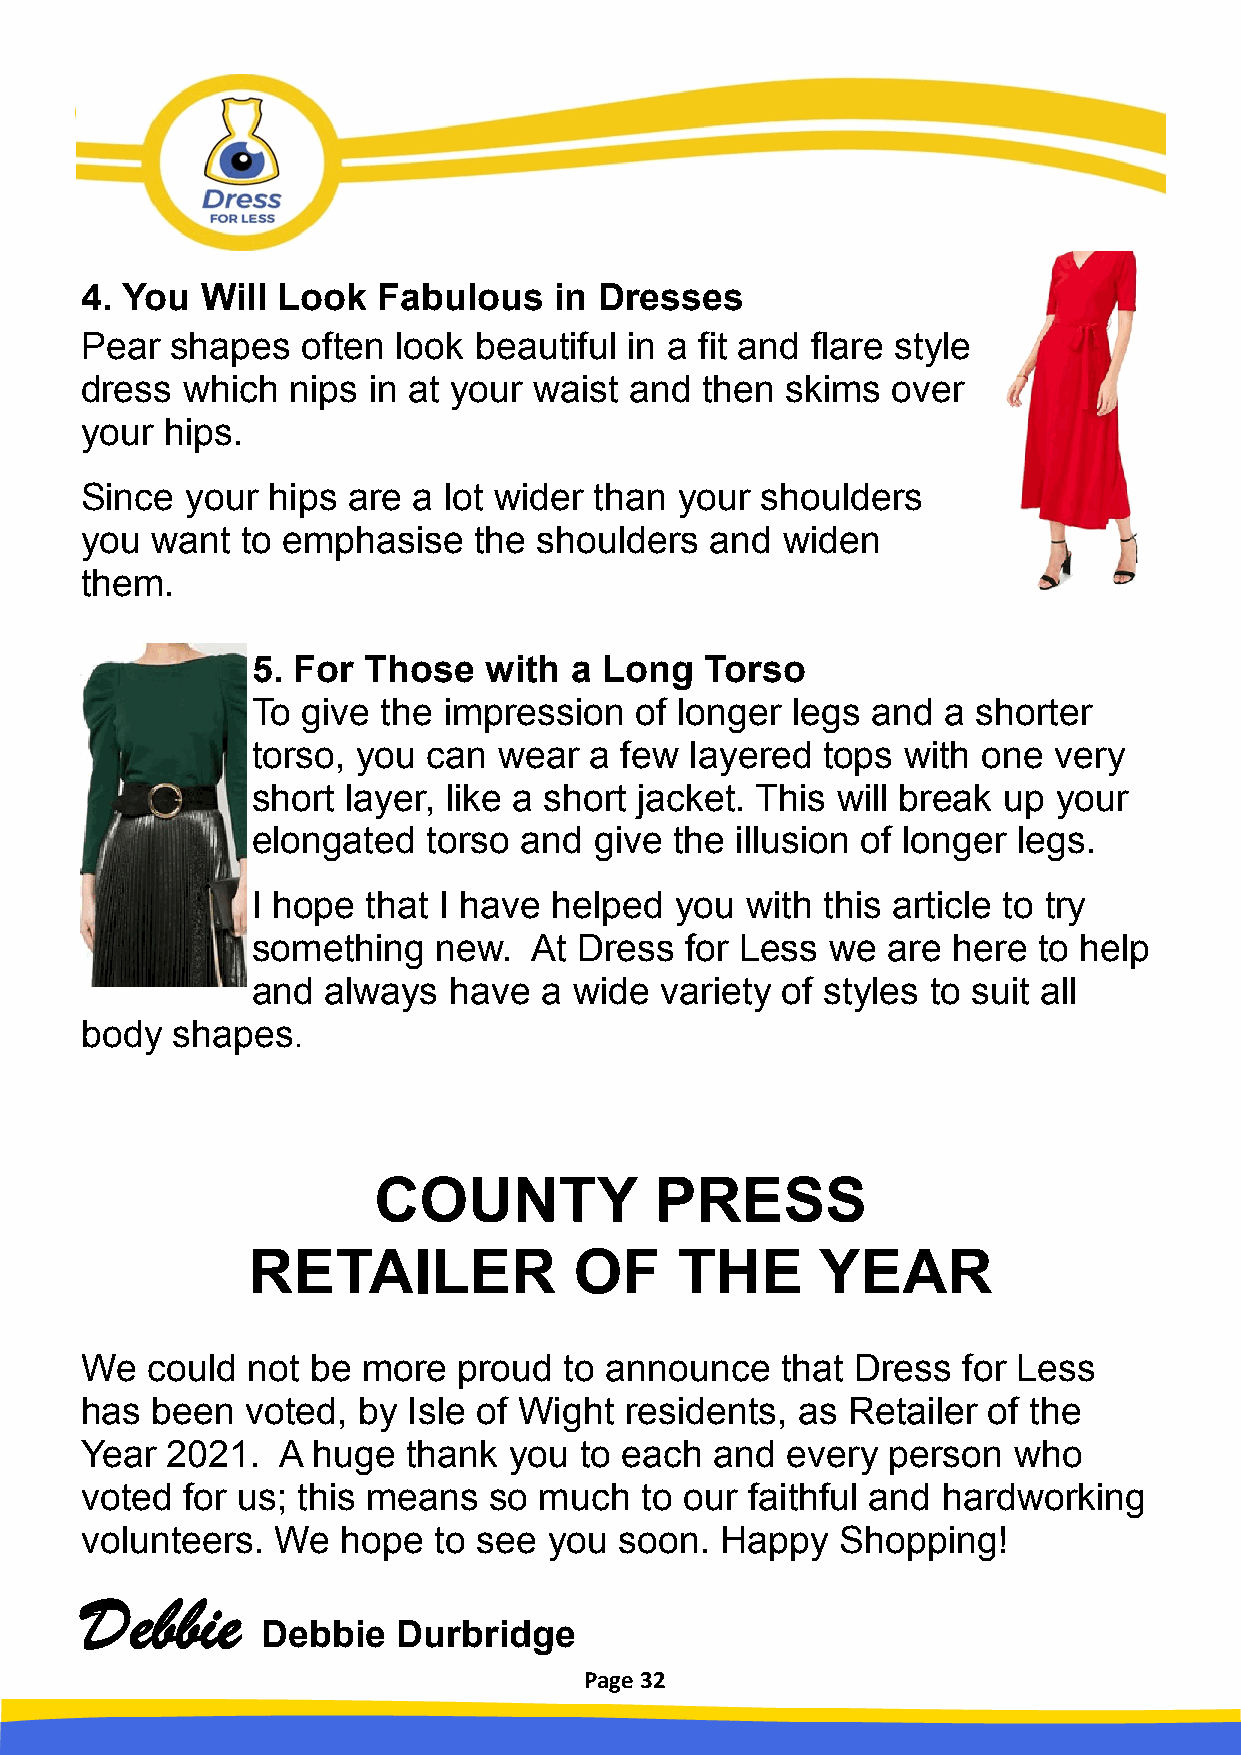
4. You  Will Look   Fabulous    in Dresses
 Pear  shapes   often look beautiful  in a fit and flare style
 dress  which  nips in at your waist  and then  skims  over
 your  hips.
 Since  your  hips are a lot wider than  your shoulders
 you  want  to emphasise   the  shoulders  and  widen
 them.
 5. For Those   with  a Long   Torso
 To give the impression   of longer legs  and a  shorter
 torso, you can  wear  a few  layered tops  with one  very
 short layer, like a short jacket. This will break up your
 elongated  torso and  give  the illusion of longer legs.
 I hope that I have  helped  you with this article to try
 something   new.  At Dress  for Less  we  are here  to help
 and always   have  a wide  variety of styles to suit all
 body  shapes.
 COUNTY            PRESS
 RETAILER              OF     THE      YEAR
 We   could not be  more  proud  to announce    that Dress  for Less
 has  been  voted,  by Isle of Wight residents,  as Retailer of the
 Year  2021.   A huge  thank  you to each  and  every  person  who
 voted  for us; this means  so  much  to our  faithful and hardworking
 volunteers.  We   hope  to see you  soon.  Happy   Shopping!
 Debbie
 Debbie   Durbridge
 Page 32